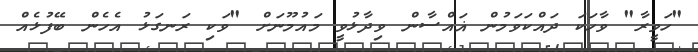
"ހަވީރާ" ވާހަކަ ދައްކަވަމުން ޣައްސާން ވިދާޅުވީ މައުމޫނަށް "ވަކި ރަނގަޅު އެހެން ބޭފުޅެއް